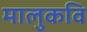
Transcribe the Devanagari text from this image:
मालुकवि